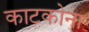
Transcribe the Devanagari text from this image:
काटकोना